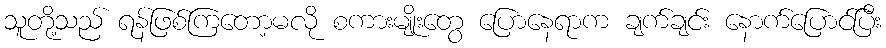
သူတို့သည် ရန်ဖြစ်ကြတော့မလို စကားမျိုးတွေ ပြောနေရာက ချက်ချင်း နောက်ပြောင်ပြီး